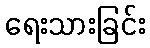
ရေးသားခြင်း